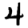
Digit: 4